Report on horse surra - Volume I
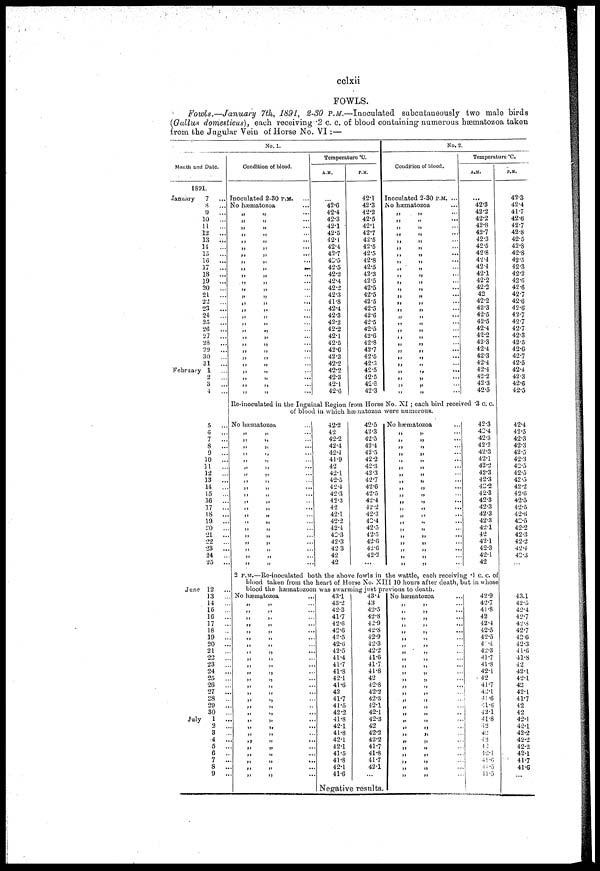
cclxii
FOWLS.
Fowls.—January 7th, 1891, 2-30 P.M.—Inoculated subcutaneously two male birds
(Gallus domesticus), each receiving .2 c. c. of blood containing numerous hæmatozoa taken
from the Jugular Vein of Horse No. VI : —
No. 1.
Month and Date.
1891.
January
7
8
...
9
...
10
...
11
...
12
...
13
...
14
...
15
...
16 ...
17
...
18
...
19
...
20
...
21
22
23
...
24
...
25
...
26
...
27
...
28
29
...
30
31
...
February 1
2
3
...
4
Condition of blood.
Inoculated 2-30 P.M.
No hæmatozoa
„
„
„
„
„
„
„
„
„
„
„
„
„
„
„
„
„
„
„
„
„
„
„
„
„
„
„
„
„
„
„
„
„
„
„
„
„
„
„
„
„
„
„
„
„
„
„
„
„
„
„
„
„
...
...
...
...
...
...
...
...
...
...
...
...
...
...
...
...
...
...
...
...
...
...
...
...
...
...
...
Temperature °C.
A.M.
...
42.6
42.4
42.3
42.1
42.5
42.1
42.4
42.7
42.5
42.5
42.2
42.4
42.2
42.3
41.8
42.4
42.3
42.2
42.2
42.1
42.5
42.6
42.3
42.2
42.2
42.3
42.1
42.6
P.M.
42.1
42.3
42.2
42.5
42.1
42.7
42.5
42.5
42.5
42.8
42.5
42.3
42.5
42.5
42.5
42.5
42.5
42.6
42.5
42.5
42.6
42.8
42.7
42.5
42.3
42.5
42.5
42.8
No. 2.
Condition of blood.
Inoculated 2-30 P.M. ...
No hæmatozoa
„
„
„
„
„
„
„
„
„
„
„
„
„
„
„
„
„
„
„
„
„
„
„
„
„
„
42.3
„
„
„
„
„
„
„
„
„
„
„
„
„
„
„
„
„
„
„
„
„
„
„
„
„
„
„
...
...
...
...
...
...
...
...
...
...
...
...
...
Temperature °C.
A.M.
...
42.3
42.2
42.2
42.8
42.7
42.3
42.5
42.8
42.4
42.4
42.1
42.2
42.2
42
42.2
42.3
42.5
42.5
42.4
42.2
42.3
42.4
42.3
42.4
42.4
42.2
42.3
42.5
P.M.
42.3
42.4
41.7
42.6
42.7
42.8
42.5
42.8
42.8
42.5
42.3
42.2
42.6
42.6
42.7
42.6
42.6
42.7
42.7
42.7
42.3
42.5
42.6
42.7
42.5
42.4
42.3
42.6
42.5
Re-inoculated in the Inguinal Region from Horse No. XI ; each bird received .3 c. c.
of blood in which hæmatozoa were numerous.
5
6
7
...
8
...
9
...
10
...
11
12
...
13
...
14
...
15
...
16
...
17
...
18
...
19
...
20
...
21
...
22
23
...
24
...
25
...
June 12
13
14
..
15
..
16
..
17
..
18
..
19
..
20
..
21
..
22
23
..
24
..
25
..
26
..
27
..
28
..
29
..
30
..
July
1
..
2
..
3
.
4
..
5
6
..
7
..
8
..
9
..
No hæmatozoa
„
„
„
„
„
„
„
„
„
„
„
„
„
.,
„
„
„
„
„
„
„
„
„
„
„
„
„
„
„
„
„
„
„
„
„
„
„
„
„
„
...
...
...
...
...
...
...
...
...
...
...
...
...
...
...
...
...
...
...
...
...
42.2
42
42.2
42.4
42.4
41.9
42
42.1
42.5
42.4
42.3
42.3
42
42.1
42.2
42.4
42.3
42.3
42.3
42
42.5
42.3
42.5
42.4
42.5
42.2
42.3
42.3
42.7
42.6
42.5
42.4
42.2
42.3
42.4
42.5
42.5
42.6
42.6
42.2
42
...
No hæmatozoa
„
„
„
„
„
„
„
„
„
„
„
„
„
„
„
„
„
„
„
„
„
„
„
„
„
„
„
„
„
„
„
„
„
„
„
„
„
„
„
„
...
...
...
...
...
...
...
42.3
42.4
42.3
42.2
42.3
42.1
42.2
42.3
42.3
42.2
42.3
42.3
42.3
42.3
42.3
42.1
42
42.1
42.3
42.1
42
2 P.M.—Re-inoculated both the above fowls in the wattle, each receiving .1 c. c. of
blood taken from the heart of Horse No. XIII 10 hours after death, but in whose
blood the
No hæmatozoa
„
„
„
„
„
„
„
„
„
„
„
„
„
„
„
„
„
„
„
„
„
„
„
„
„
„
„
„ „
„
„
„„
„
„„
„
„
„
„
„
„
„
„
„
„
„
„
„
„
„
„
„
„
„
hæmatozoon was swarming just previous
,....
...
...
...
...
...
...
...
...
...
....,
...
...
...
.....
...
...
...
...
........
...
...,.
...
...
.....
.....
...
43.1
43.2
42.3
41.7
42.6
42.6
42.5
42.6
42.5
41.4
41.7
41.8
42.1
41.6
42
41.7
41.5
42.2
41.8
42.1
41.8
42.1
42.1
41.5
41.8
42.1
41.6
43.4
43
42.5
42.8
42.9
42.8
42.9
42.3
42.2
41.6
41.7
41.8
42
42.8
42.2
42.3
42.1
42.1
42.3
42
42.2
42.2
41.7
41.8
41.7
42.1
Negative results.
to death.
No hæmatozoa
„
„
„
„
„
„
„
„
„
„
„
„
„
„
„
„
„
„
„
„
„
„
„
„
„
„
„
„
„
„
„
„
„
„
,
„
„
„
„
„
„
„
„
„
„
„
„
„
„
„
„
„
„
„
„
...
..
..
..
,.
.,
42.9
42.7
41.8
42
42.4
42.5
42.5
42.4
42.3
41.7
41.8
42.1
42
41.7
42.1
41.6
41.6
42.1
41.8
42
42
42
42
42.1
41.6
41.5
41.5
42.4
42.5
42.3
42.3
42.5
42.3
42.5
42.5
42.5
42.2
42.6
42.5
42.5
42.6
42.5
42.2
42.3
42.2
42.4
42.3
43.1
42.5
42.4
42.7
42.6
42.7
42.6
42.3
41.6
41.8
42
42.1
42.1
42
42.1
41.7
42
42
42.1
42.1
42.2
42.2
42.2
42.1
41.7
41.6